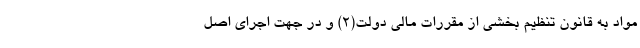
مواد به قانون تنظیم بخشی از مقررات مالی دولت(۲) و در جهت اجرای اصل